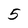
Character: 5